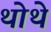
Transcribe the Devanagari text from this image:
थोथे